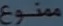
متنوع